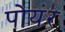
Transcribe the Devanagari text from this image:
पोयंर